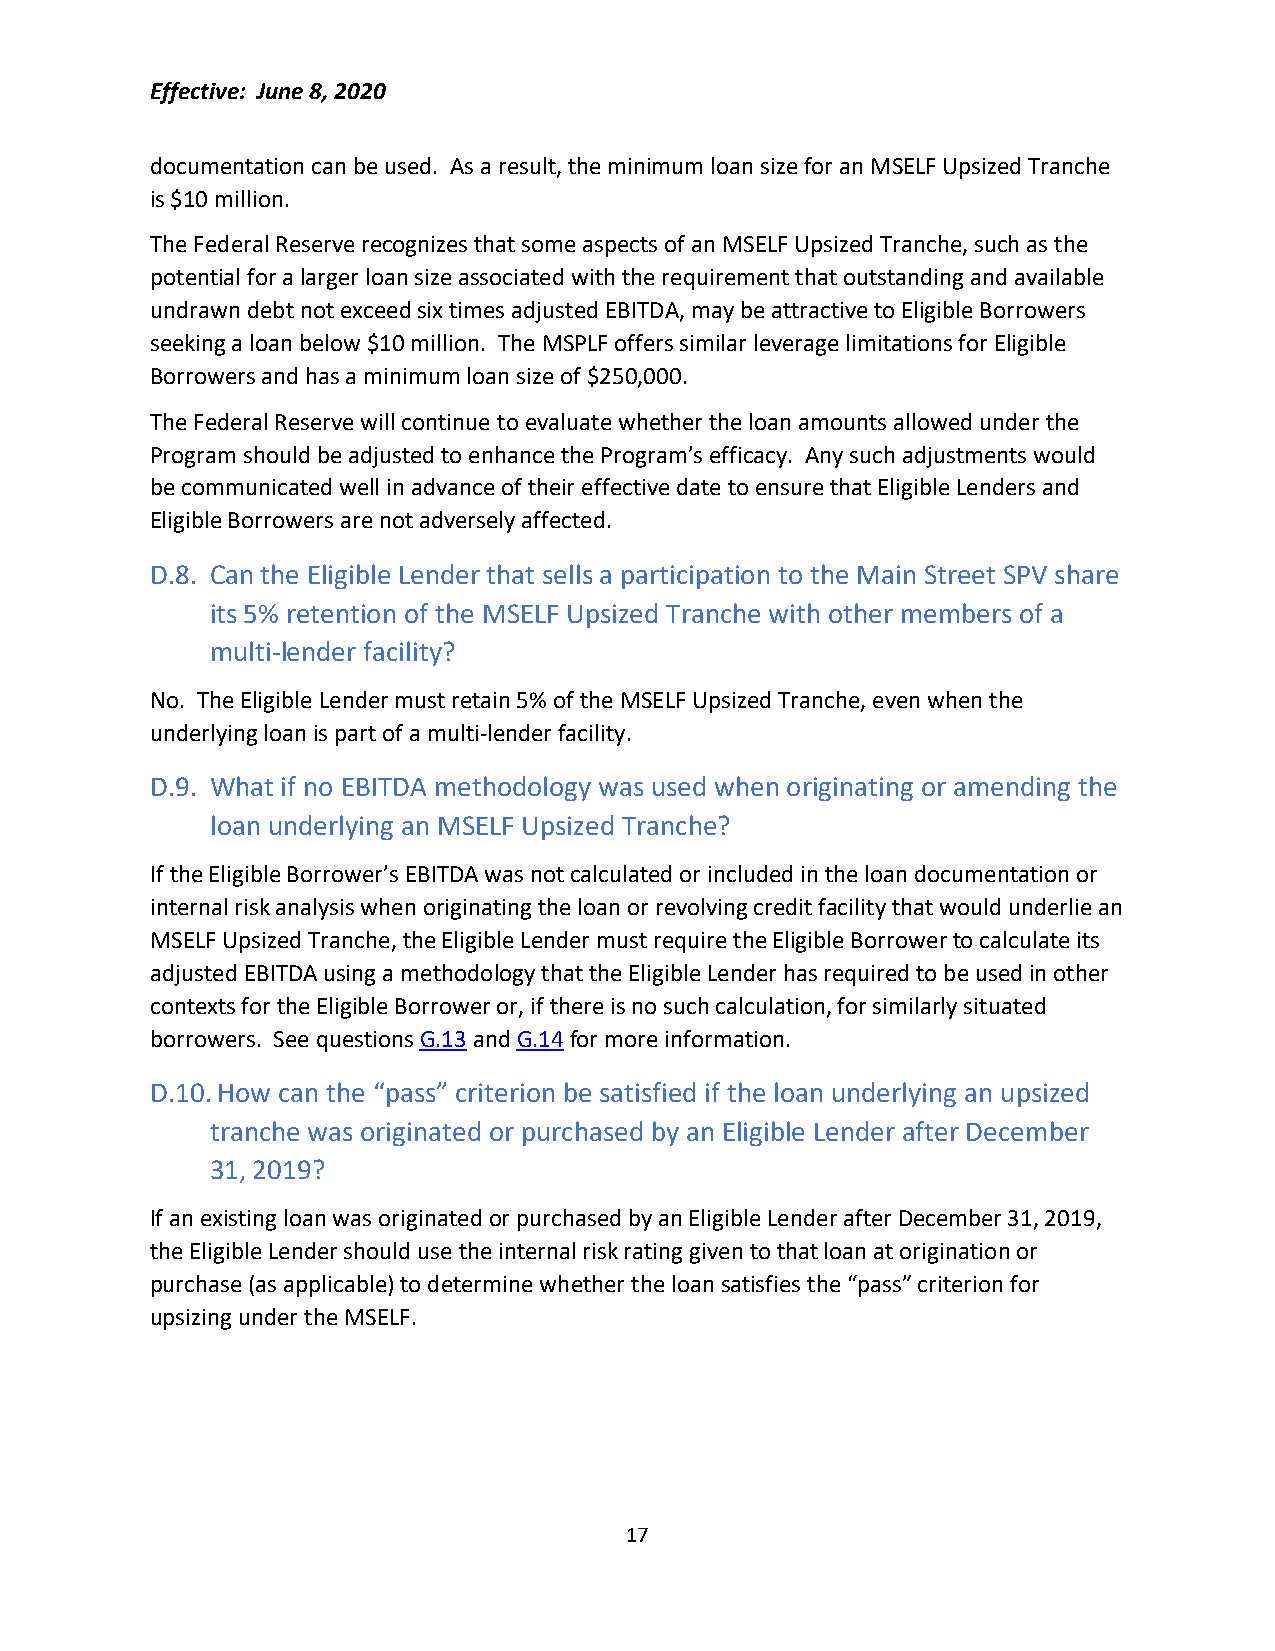
Effective: June 8, 2020
 documentation can be used. As a result, the minimum loan size for an MSELF Upsized Tranche
 is $10 million.
 The Federal Reserve recognizes that some aspects of an MSELF Upsized Tranche, such as the
 potential for a larger loan size associated with the requirement that outstanding and available
 undrawn debt not exceed six times adjusted EBITDA, may be attractive to Eligible Borrowers
 seeking a loan below $10 million. The MSPLF offers similar leverage limitations for Eligible
 Borrowers and has a minimum loan size of $250,000.
 The Federal Reserve will continue to evaluate whether the loan amounts allowed under the
 Program should be adjusted to enhance the Program’s efficacy. Any such adjustments would
 be communicated well in advance of their effective date to ensure that Eligible Lenders and
 Eligible Borrowers are not adversely affected.
 D.8. Can the Eligible Lender that sells a participation to the Main Street SPV share
 its 5% retention of the MSELF Upsized Tranche with other members of a
 multi-lender facility?
 No. The Eligible Lender must retain 5% of the MSELF Upsized Tranche, even when the
 underlying loan is part of a multi-lender facility.
 D.9. What if no EBITDA methodology was used when originating or amending the
 loan underlying an MSELF Upsized Tranche?
 If the Eligible Borrower’s EBITDA was not calculated or included in the loan documentation or
 internal risk analysis when originating the loan or revolving credit facility that would underlie an
 MSELF Upsized Tranche, the Eligible Lender must require the Eligible Borrower to calculate its
 adjusted EBITDA using a methodology that the Eligible Lender has required to be used in other
 contexts for the Eligible Borrower or, if there is no such calculation, for similarly situated
 borrowers. See questions G.13 and G.14 for more information.
 D.10. How can the “pass” criterion be satisfied if the loan underlying an upsized
 tranche was originated or purchased by an Eligible Lender after December
 31, 2019?
 If an existing loan was originated or purchased by an Eligible Lender after December 31, 2019,
 the Eligible Lender should use the internal risk rating given to that loan at origination or
 purchase (as applicable) to determine whether the loan satisfies the “pass” criterion for
 upsizing under the MSELF.
 17